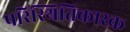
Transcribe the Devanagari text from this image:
परिस्थितिकारक